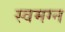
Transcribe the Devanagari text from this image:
स्वमग्न